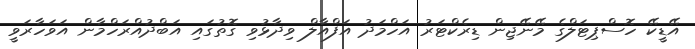
އޭޑީކޭ ހޮސްޕިޓަލްގެ މޭނޭޖިން ޑިރެކްޓަރު އަހްމަދު އަފްއާލް ވިދާޅުވި ގޮތުގައި އަބްދުއްރަހްމާން އަވަހާރަވީ